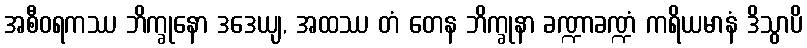
အစီဝရကဿ ဘိက္ခုနော ဒဒေယျ, အထဿ တံ တေန ဘိက္ခုနာ ခဏ္ဍာခဏ္ဍံ ကရိယမာနံ ဒိသွာပိ